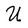
Character: U